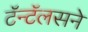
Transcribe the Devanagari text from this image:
टॅन्टॅलसने